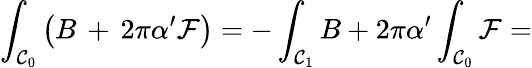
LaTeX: \int_{{\cal C}_{0}}\left(B\, +\, 2\pi\alpha^{\prime}{\cal F}\right)=-\int_{{\cal C}_{1}}B+2\pi\alpha^{\prime}\int_{{\cal C}_{0}}{\cal F}=